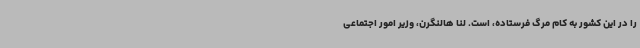
را در این کشور به کام مرگ فرستاده، است. لنا هالنگرن، وزیر امور اجتماعی